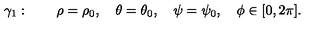
\gamma _ { 1 } : \quad \quad \rho = \rho _ { 0 } , \quad \theta = \theta _ { 0 } , \quad \psi = \psi _ { 0 } , \quad \phi \in [ 0 , 2 \pi ] .